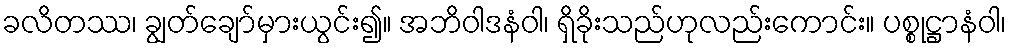
ခလိတဿ၊ ချွတ်ချော်မှားယွင်း၍။ အဘိဝါဒနံဝါ၊ ရှိခိုးသည်ဟုလည်းကောင်း။ ပစ္စုဋ္ဌာနံဝါ၊